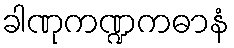
ခါဏုကဏ္ဍကဓာနံ